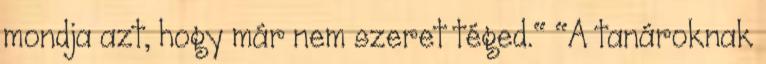
mondja azt, hogy már nem szeret téged." "A tanároknak